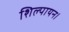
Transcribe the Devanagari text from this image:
शिल्पायन।